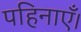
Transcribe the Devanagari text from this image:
पहिनाएँ।